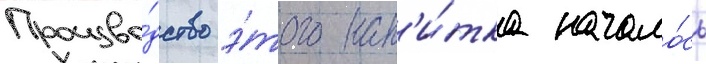
Произво́дство э́того нап'и́тка начало́сь